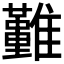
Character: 𩁤